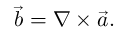
\Vec { b } = \nabla \times \vec { a } .